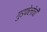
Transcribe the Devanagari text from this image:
गुडफेलोची